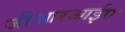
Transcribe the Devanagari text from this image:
जीआरआईए